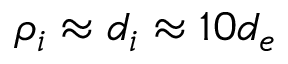
\rho _ { i } \approx d _ { i } \approx 1 0 d _ { e }